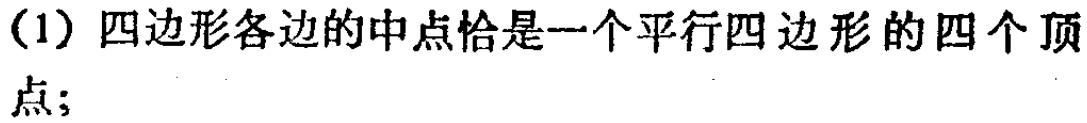
(1) 四边形各边的中点恰是一个平行四边形的四个顶点;